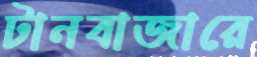
টানবাজারে